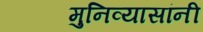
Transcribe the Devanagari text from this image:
मुनिव्यासांनी